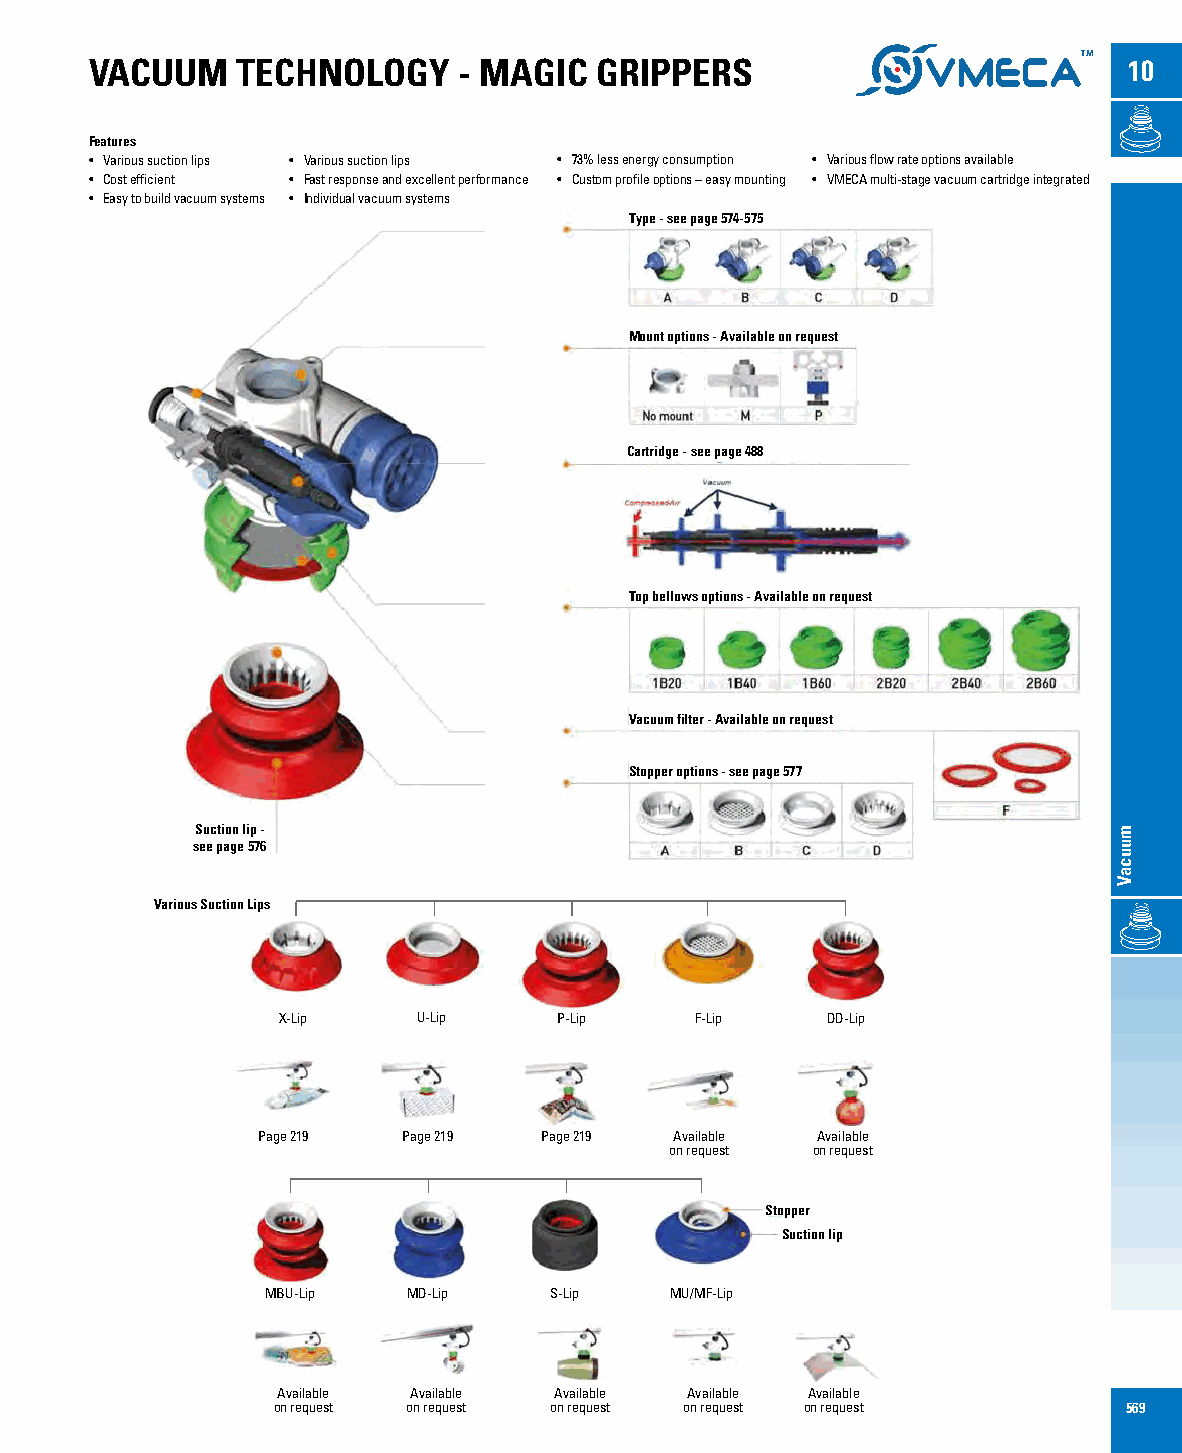
VACUUM    TECHNOLOGY    - MAGIC  GRIPPERS                            10
 Features
 • Various suction lips • Various suction lips • 73% less energy consumption • Various flow rate options available
 • Cost efficient • Fast response and excellent performance • Custom profile options – easy mounting • VMECA multi-stage vacuum cartridge integrated
 • Easy to build vacuum systems • Individual vacuum systems
 Type - see page 574-575
 Mount options - Available on request
 Cartridge - see page 488
 Top bellows options - Available on request
 Vacuum filter - Available on request
 Stopper options - see page 577
 Suction lip -
 see page 576
 Various Suction Lips
 X-Lip     U-Lip    P-Lip    F-Lip    DD-Lip
 Page 219  Page 219 Page 219 Available Available
 on request on request
 Stopper
 Suction lip
 MBU-Lip  MD-Lip   S-Lip   MU/MF-Lip
 Available Available Available Available Available
 on request on request on request on request on request  569
 muucaV